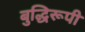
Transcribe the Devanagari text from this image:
बुद्धिरूपी